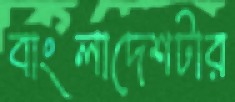
বাংলাদেশটার